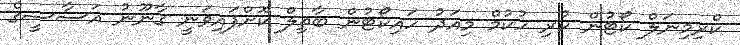
ކްރިމިނަލް ކޯޓުން ކުރި ހުކުމް މިއަދު ހައިކޯޓުން ބާތިލް ކޮށްފައިވަނީ ގާނޫނު އަސާސީގެ